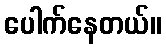
ပေါက်နေတယ်။